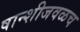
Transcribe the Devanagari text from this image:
षान्शीजवळच